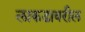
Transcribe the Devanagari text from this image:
लाकडावरील